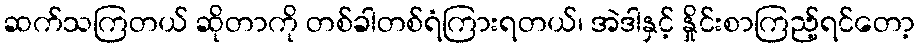
ဆက်သကြတယ် ဆိုတာကို တစ်ခါတစ်ရံကြားရတယ်၊ အဲဒါနှင့် နှိုင်းစာကြည့်ရင်တော့